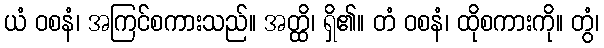
ယံ ဝစနံ၊ အကြင်စကားသည်။ အတ္ထိ၊ ရှိ၏။ တံ ဝစနံ၊ ထိုစကားကို။ တွံ၊